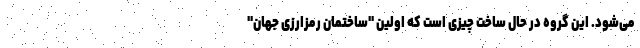
می‌شود. این گروه در حال ساخت چیزی است که اولین "ساختمان رمزارزی جهان"